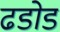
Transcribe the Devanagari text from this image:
ढडोड